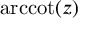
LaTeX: \operatorname { a r c c o t } ( z )